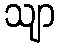
သျာ